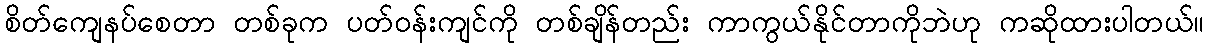
စိတ်ကျေနပ်စေတာ တစ်ခုက ပတ်ဝန်းကျင်ကို တစ်ချိန်တည်း ကာကွယ်နိုင်တာကိုဘဲဟု ကဆိုထားပါတယ်။